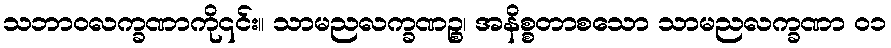
သဘာဝလက္ခဏာကို၎င်း။ သာမညလက္ခဏဉ္စ၊ အနိစ္စတာစသော သာမညလက္ခဏာ ၀၁